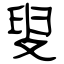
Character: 叟